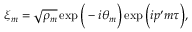
\xi _ { m } = \sqrt { \rho _ { m } } \exp \Big ( - i \theta _ { m } \Big ) \exp \Big ( i p ^ { \prime } m \tau \Big ) ,